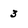
Character: 3